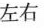
左右